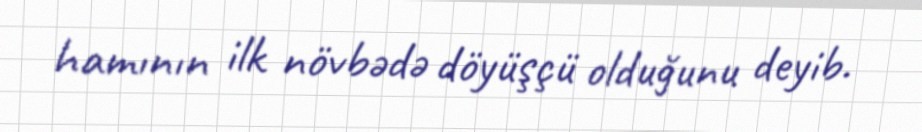
hamının ilk növbədə döyüşçü olduğunu deyib.